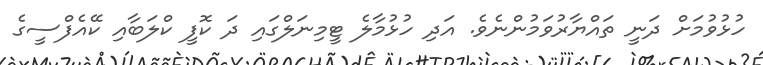
ހުޅުވުމަށް ދަނީ ތައްޔާރުވަމުންނެވެ. އަދި ހުޅުމާލެ ޓީމިނަލްގައި ދަ ކޮފީ ކްލަބާއި ކޭއެފްސީގެ